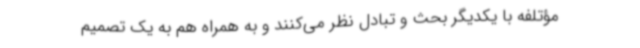
مؤتلفه با یکدیگر بحث و تبادل‌ نظر می‌کنند و به همراه هم به یک تصمیم